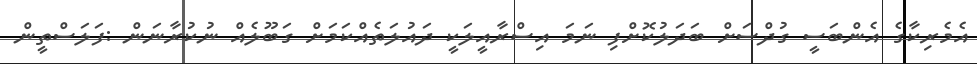
އެމެރިކާގެ އެންބަސީ ގުދްސަށް ބަދަލުކޮށްފި ނަމަ އިސްރާއީލަކީ ދައުލަތެއްކަމަށް ގަބޫލެއް ނުކުރާނަން :ފަލަސްތީން